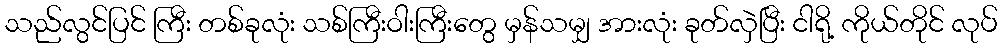
သည်လွင်ပြင် ကြီး တစ်ခုလုံး သစ်ကြီးဝါးကြီးတွေ မှန်သမျှ အားလုံး ခုတ်လှဲပြီး ငါရို့ ကိုယ်တိုင် လုပ်